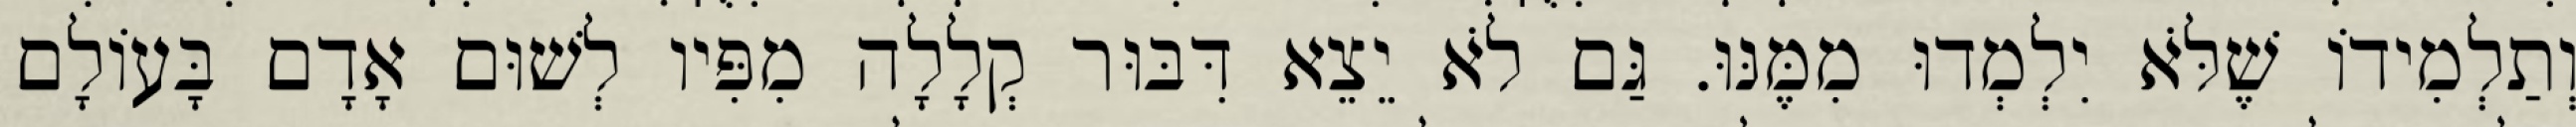
וְתַלְמִידוֹ שֶׁלֹּא יִלְמְדוּ מִמֶּנּוּ. גַּם לֹא יֵצֵא דִּבּוּר קְלָלָה מִפִּיו לְשׁוּם אָדָם בָּעוֹלָם